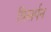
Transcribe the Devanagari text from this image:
विसर्पन